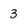
Character: 3